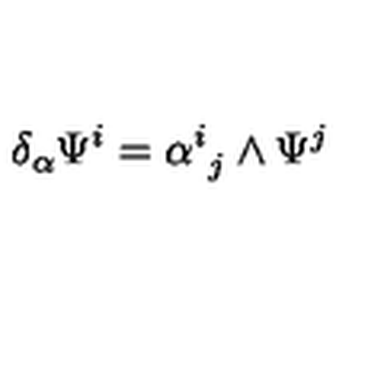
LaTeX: \delta _ { \alpha } \Psi ^ { i } = \alpha _ { \ j } ^ { i } \wedge \Psi ^ { j }